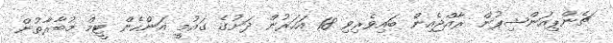
ޗެންޕިއަންޝިޕުން ރާއްޖެއިން ބައިވެރިވި 18 އަހަރުން ދަށުގެ ގައުމީ އަންހެން ޓީމް މުބާރާތުން